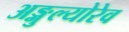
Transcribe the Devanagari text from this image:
अङ्गुल्योरेव